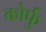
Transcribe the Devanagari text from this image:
कोर्फु